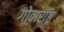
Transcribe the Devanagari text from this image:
गोवाराष्ट्र